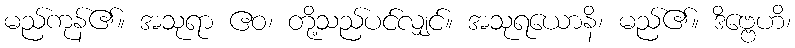
မည်ကုန်၏။ အသုရာ ဧဝ၊ တို့သည်ပင်လျှင်။ အသုရယောနိ၊ မည်၏။ ဒိဗ္ဗေဟိ၊